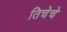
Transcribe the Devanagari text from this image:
तिचेचे